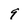
Character: 9